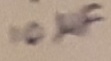
Text: 10µF